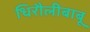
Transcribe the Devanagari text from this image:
धिरौलीबाबू